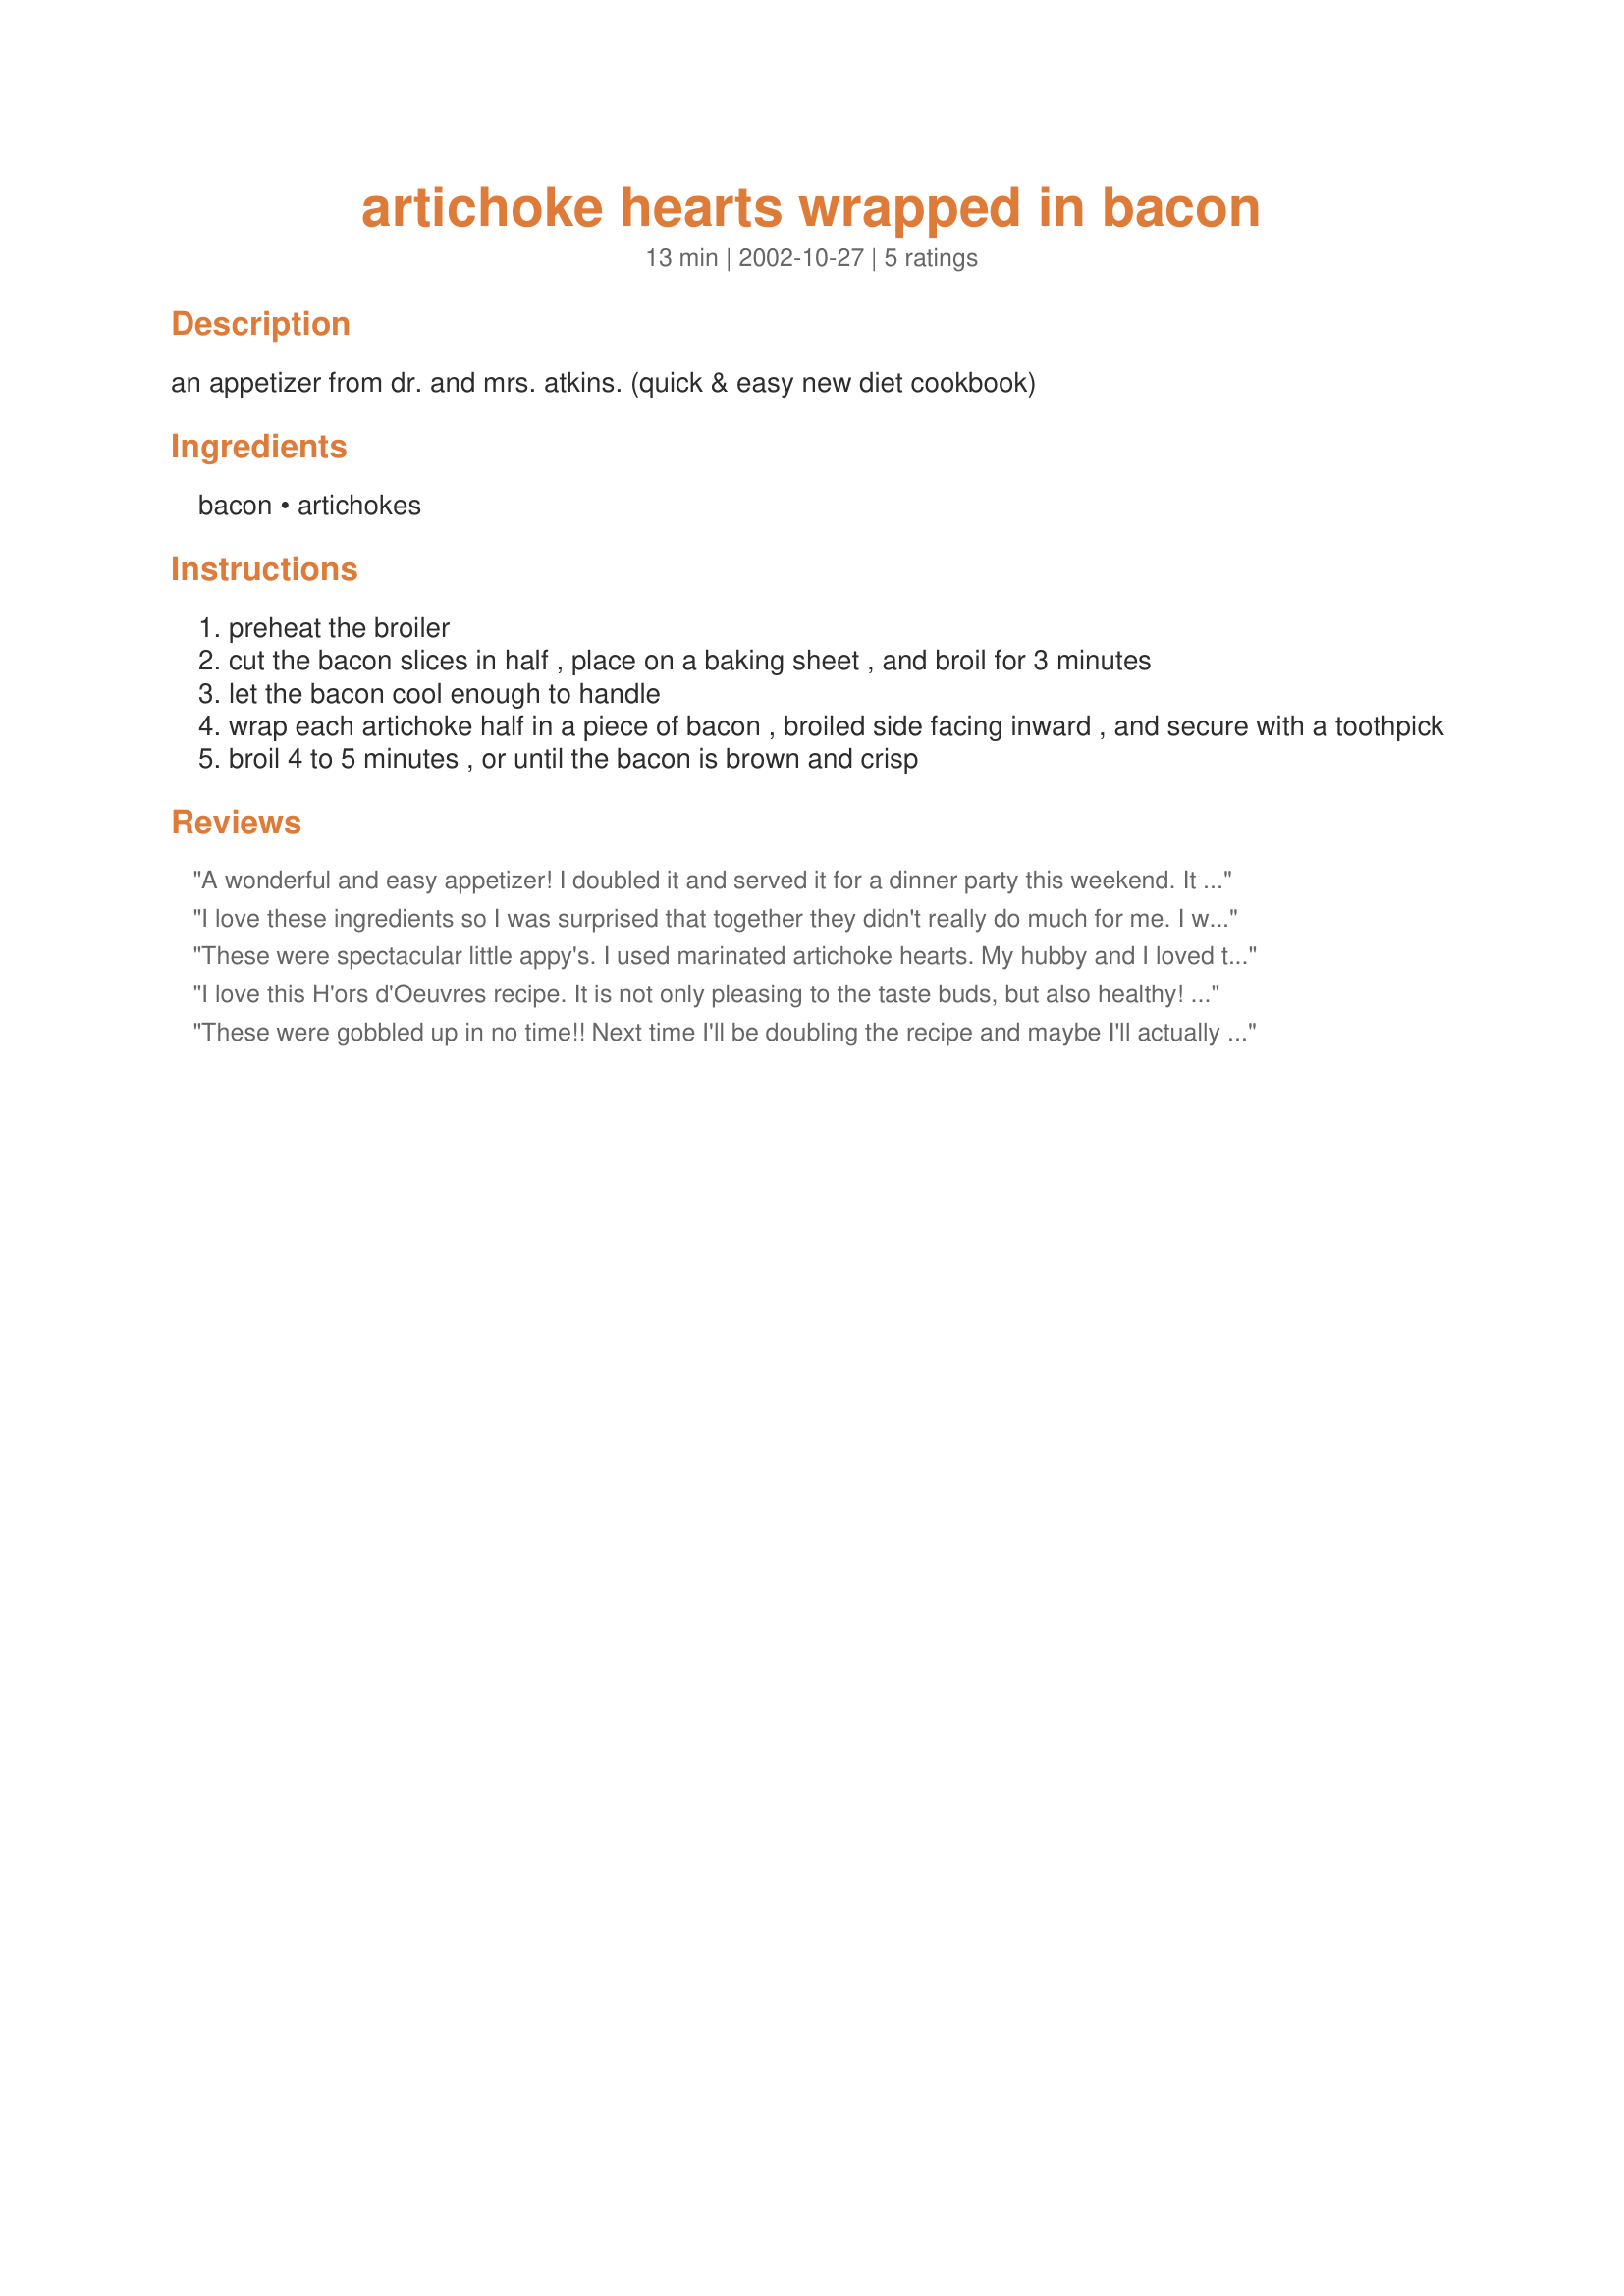
artichoke hearts wrapped in bacon
Preparation time: 13 minutes

an appetizer from dr. and mrs. atkins. (quick & easy new diet cookbook)

Ingredients:
bacon, artichokes

Steps:
preheat the broiler
cut the bacon slices in half , place on a baking sheet , and broil for 3 minutes
let the bacon cool enough to handle
wrap each artichoke half in a piece of bacon , broiled side facing inward , and secure with a toothpick
broil 4 to 5 minutes , or until the bacon is brown and crisp

Reviews:
A wonderful and easy appetizer! I doubled it and served it for a dinner party this weekend. It was a big hit!
I love these ingredients so I was surprised that together they didn't really do much for me. I wonder if the missing link might be cheese, so I may experiment with that in the future.
These were spectacular little appy's. I used marinated artichoke hearts. My hubby and I loved them and the were fast and easy! THanks so much for contributing to my beautiful Valentines dinner for me and my husband!
I love this H'ors d'Oeuvres recipe. It is not only pleasing to the taste buds, but also healthy! Artichokes are low calorie. a One medium Artichoke is an excellent source of fiber and vitamin C, and a good source of folate and magnesium. They are also a great source of disease-fighting antioxidants.
These were gobbled up in no time!! Next time I'll be doubling the recipe and maybe I'll actually get to try one!! Thanks for a great recipe!
